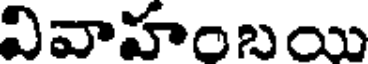
వివాహంబయి